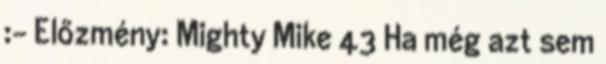
:- Előzmény: Mighty Mike 43 Ha még azt sem